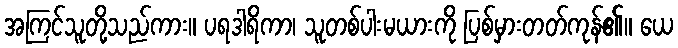
အကြင်သူတို့သည်ကား။ ပရဒါရိကာ၊ သူတစ်ပါးမယားကို ပြစ်မှားတတ်ကုန်၏။ ယေ